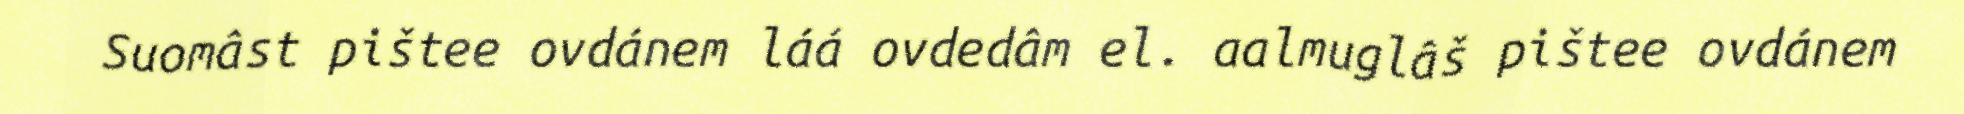
Suomâst pištee ovdánem láá ovdedâm el. aalmuglâš pištee ovdánem